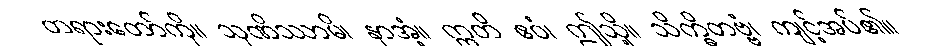
တရားတော်ကို။ သုဏိဿာမိ၊ နာအံ့။ ဣတိ ဧဝံ၊ ဤသို့။ သိက္ခိတဗ္ဗံ၊ ကျင့်အပ်၏။